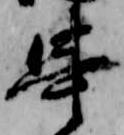
串